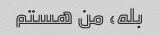
بله، من هستم